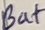
Text: Bat